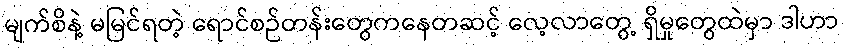
မျက်စိနဲ့ မမြင်ရတဲ့ ရောင်စဉ်တန်းတွေကနေတဆင့် လေ့လာတွေ့ ရှိမှုတွေထဲမှာ ဒါဟာ